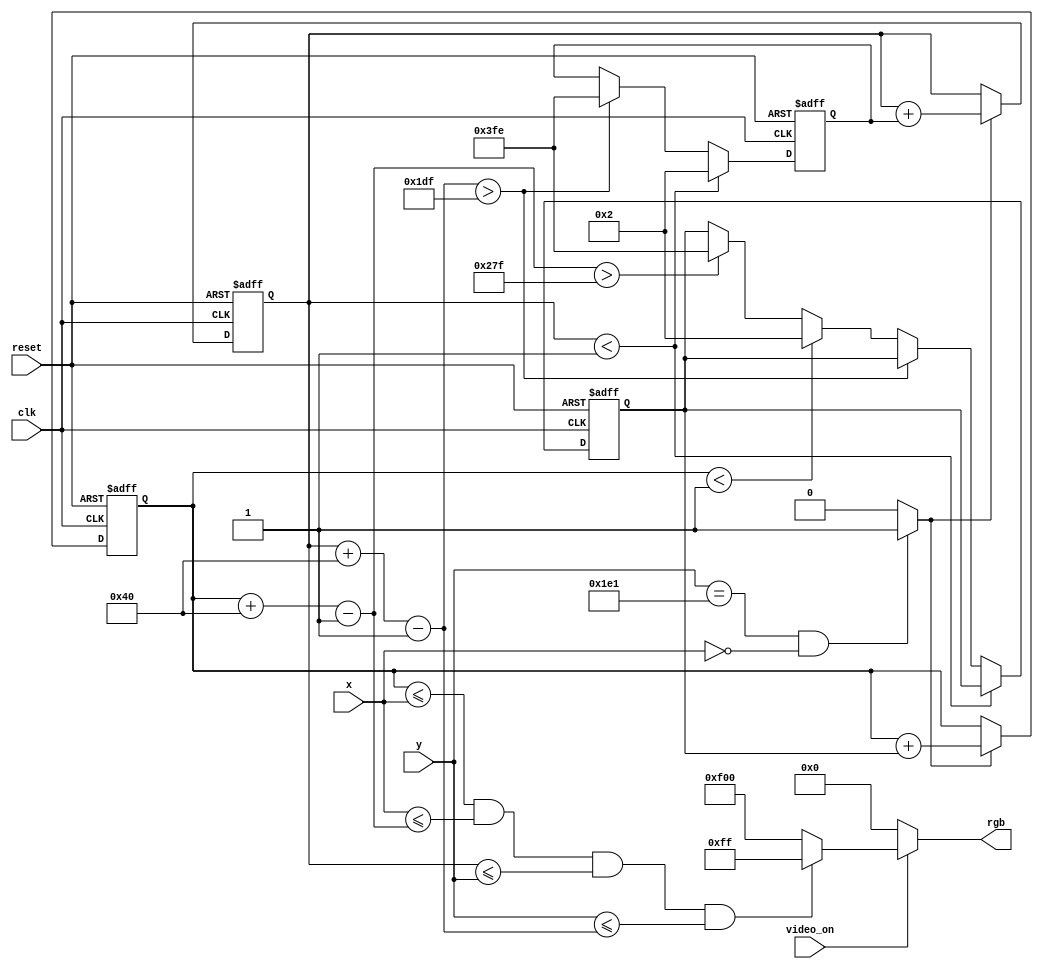
`timescale 1ns / 1ps

module pixel_generation(
    input clk,                              // 100MHz from Basys 3
    input reset,                            // btnC
    input video_on,                         // from VGA controller
    input [9:0] x, y,                       // from VGA controller
    output reg [11:0] rgb                   // to DAC, to VGA controller
    );
    
    parameter X_MAX = 639;                  // right border of display area
    parameter Y_MAX = 479;                  // bottom border of display area
    parameter SQ_RGB = 12'h0FF;             // red & green = yellow for square
    parameter BG_RGB = 12'hF00;             // blue background
    parameter SQUARE_SIZE = 64;             // width of square sides in pixels
    parameter SQUARE_VELOCITY_POS = 2;      // set position change value for positive direction
    parameter SQUARE_VELOCITY_NEG = -2;     // set position change value for negative direction  
    
    // create a 60Hz refresh tick at the start of vsync 
    wire refresh_tick;
    assign refresh_tick = ((y == 481) && (x == 0)) ? 1 : 0;
    
    // square boundaries and position
    wire [9:0] sq_x_l, sq_x_r;              // square left and right boundary
    wire [9:0] sq_y_t, sq_y_b;              // square top and bottom boundary
    
    reg [9:0] sq_x_reg, sq_y_reg;           // regs to track left, top position
    wire [9:0] sq_x_next, sq_y_next;        // buffer wires
    
    reg [9:0] x_delta_reg, y_delta_reg;     // track square speed
    reg [9:0] x_delta_next, y_delta_next;   // buffer regs    
    
    // register control
    always @(posedge clk or posedge reset)
        if(reset) begin
            sq_x_reg <= 0;
            sq_y_reg <= 0;
            x_delta_reg <= 10'h002;
            y_delta_reg <= 10'h002;
        end
        else begin
            sq_x_reg <= sq_x_next;
            sq_y_reg <= sq_y_next;
            x_delta_reg <= x_delta_next;
            y_delta_reg <= y_delta_next;
        end
    
    // square boundaries
    assign sq_x_l = sq_x_reg;                   // left boundary
    assign sq_y_t = sq_y_reg;                   // top boundary
    assign sq_x_r = sq_x_l + SQUARE_SIZE - 1;   // right boundary
    assign sq_y_b = sq_y_t + SQUARE_SIZE - 1;   // bottom boundary
    
    // square status signal
    wire sq_on;
    assign sq_on = (sq_x_l <= x) && (x <= sq_x_r) &&
                   (sq_y_t <= y) && (y <= sq_y_b);
                   
    // new square position
    assign sq_x_next = (refresh_tick) ? sq_x_reg + x_delta_reg : sq_x_reg;
    assign sq_y_next = (refresh_tick) ? sq_y_reg + y_delta_reg : sq_y_reg;
    
    // new square velocity 
    always @* begin
        x_delta_next = x_delta_reg;
        y_delta_next = y_delta_reg;
        if(sq_y_t < 1)                              // collide with top display edge
            y_delta_next = SQUARE_VELOCITY_POS;     // change y direction(move down)
        else if(sq_y_b > Y_MAX)                     // collide with bottom display edge
            y_delta_next = SQUARE_VELOCITY_NEG;     // change y direction(move up)
        else if(sq_x_l < 1)                         // collide with left display edge
            x_delta_next = SQUARE_VELOCITY_POS;     // change x direction(move right)
        else if(sq_x_r > X_MAX)                     // collide with right display edge
            x_delta_next = SQUARE_VELOCITY_NEG;     // change x direction(move left)
    end
    
    // RGB control
    always @*
        if(~video_on)
            rgb = 12'h000;          // black(no value) outside display area
        else
            if(sq_on)
                rgb = SQ_RGB;       // yellow square
            else
                rgb = BG_RGB;       // blue background
    
endmodule